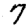
Digit: 7